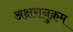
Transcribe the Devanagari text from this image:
अक्षरानुक्रम